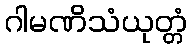
ဂါမဏိသံယုတ္တံ